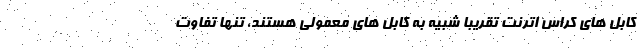
کابل های کراس اترنت تقریبا شبیه به کابل های معمولی هستند، تنها تفاوت